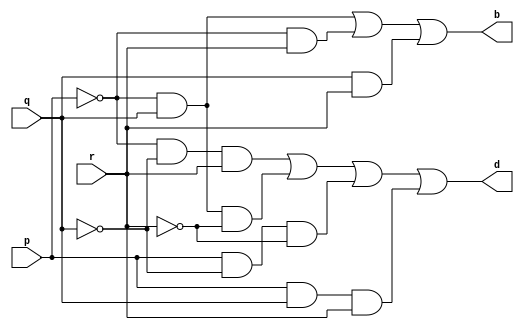

module full_subtractor(d, b, p, q, r);
  input p, q, r;  //Here r is previous borrow
  output  d, b;

  // Computation of difference
  assign d = (~p && ~q && r) || (~p && q && ~r) || (p && ~q && ~r) || (p && q && r);

  //Computation of borrow
  assign b = (~p && q) || (~p && r) || (q && r);
endmodule